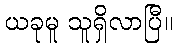
ယခုမူ သူရှိလာပြီ။